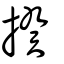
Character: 揆